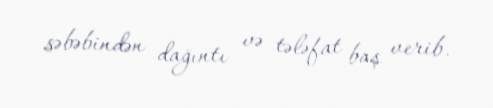
səbəbindən dağıntı və tələfat baş verib.